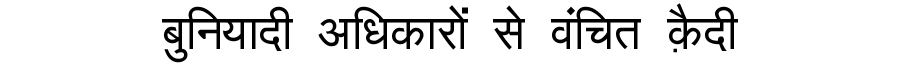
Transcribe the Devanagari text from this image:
बुनियादी अधिकारों से वंचित क़ैदी